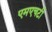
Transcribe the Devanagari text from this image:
एमएचटी